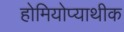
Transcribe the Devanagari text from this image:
होमियोप्याथीक